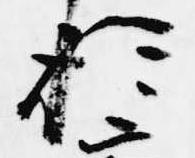
於